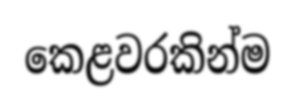
කෙළවරකින්ම